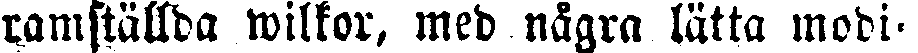
framställda wilkor, med några lätta modi-